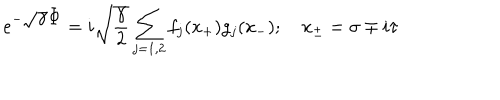
e ^ { - \displaystyle \sqrt { \gamma } \Phi } = { i \sqrt { \frac { \gamma } { 2 } } } \sum _ { j = 1 , 2 } f _ { j } ( x _ { + } ) g _ { j } ( x _ { - } ) ; \quad x _ { \pm } = \sigma \mp i \tau